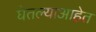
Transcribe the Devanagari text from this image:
घेतल्याआहेत